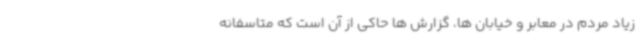
زیاد مردم در معابر و خیابان ها، گزارش ها حاکی از آن است که متاسفانه